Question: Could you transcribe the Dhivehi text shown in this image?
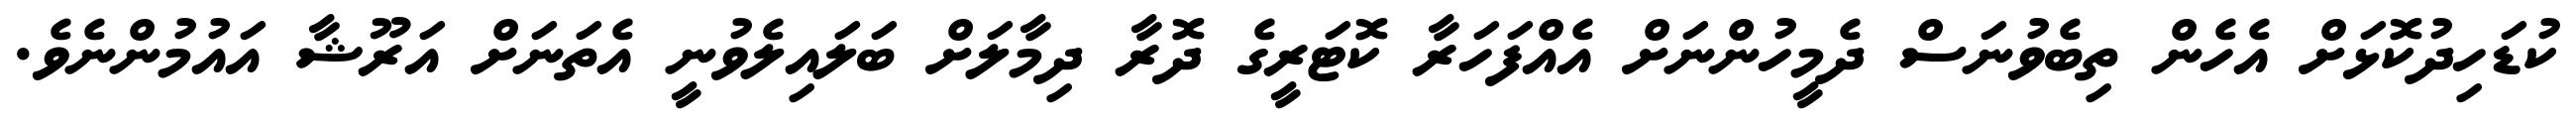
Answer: ކުޑަހިދުކޮޅަށް އެހެން ތިބެވުނަސް ދެމީހުންނަށް އެއްފަހަރާ ކޮޓަރީގެ ދޮރާ ދިމާލަށް ބަލައިލެވުނީ އެތަނަށް އަރޫޝާ އައުމުންނެވެ.